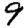
Digit: 9